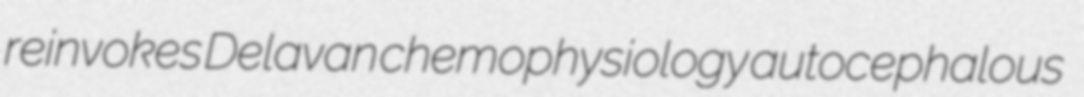
reinvokes Delavan chemophysiology autocephalous